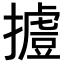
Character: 𢶐